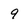
Character: 9